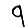
Digit: 9